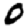
Digit: 0